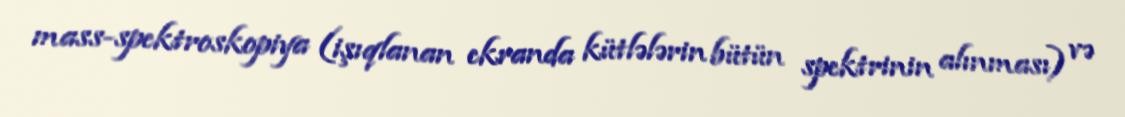
mass-spektroskopiya (işıqlanan ekranda kütlələrin bütün spektrinin alınması) və